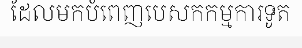
ដែលមកបំពេញបេសកកម្មការទូត